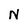
Character: N